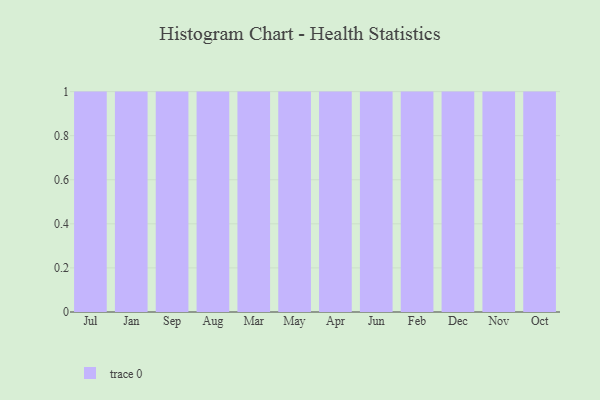
{"axis": {"x": "Month", "y": "Shipments"}, "legend": [""], "data": [{"x": "Jul", "y": 13, "type": ""}, {"x": "Jan", "y": 5, "type": ""}, {"x": "Sep", "y": 49, "type": ""}, {"x": "Aug", "y": 4, "type": ""}, {"x": "Mar", "y": 33, "type": ""}, {"x": "May", "y": 42, "type": ""}, {"x": "Apr", "y": 64, "type": ""}, {"x": "Jun", "y": 13, "type": ""}, {"x": "Feb", "y": 50, "type": ""}, {"x": "Dec", "y": 37, "type": ""}, {"x": "Nov", "y": 100, "type": ""}, {"x": "Oct", "y": 86, "type": ""}]}